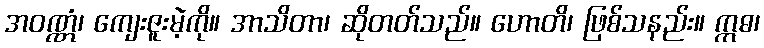
အဝဏ္ဏံ၊ ကျေးဇူးမဲ့ကို။ အာသိတာ၊ ဆိုတတ်သည်။ ဟောတိ၊ ဖြစ်သနည်း။ ဣဓ၊